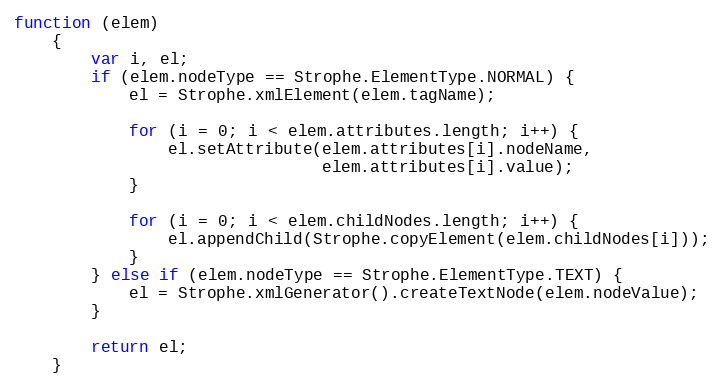
Language: JavaScript
function (elem)
    {
        var i, el;
        if (elem.nodeType == Strophe.ElementType.NORMAL) {
            el = Strophe.xmlElement(elem.tagName);

            for (i = 0; i < elem.attributes.length; i++) {
                el.setAttribute(elem.attributes[i].nodeName,
                                elem.attributes[i].value);
            }

            for (i = 0; i < elem.childNodes.length; i++) {
                el.appendChild(Strophe.copyElement(elem.childNodes[i]));
            }
        } else if (elem.nodeType == Strophe.ElementType.TEXT) {
            el = Strophe.xmlGenerator().createTextNode(elem.nodeValue);
        }

        return el;
    }